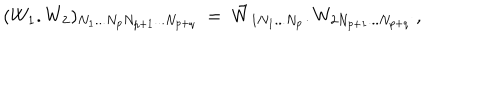
LaTeX: ( W _ { 1 } . W _ { 2 } ) _ { N _ { 1 } . . . N _ { p } N _ { p + 1 } . . . N _ { p + q } } ~ = ~ \tilde { W } _ { 1 N _ { 1 } . . . N _ { p } } . W _ { 2 N _ { p + 1 } . . . N _ { p + q } } ~ \nonumber ,